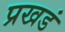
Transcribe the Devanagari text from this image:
प्रखडं